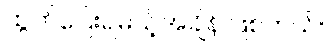
ထွက်ပြေးရမယ့်အချိန် ဖြစ်တယ်။